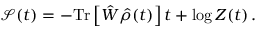
\mathcal { S } ( t ) = - \mathrm { T r } \left[ \hat { W } \hat { \rho } ( t ) \right] t + \log Z ( t ) \, .